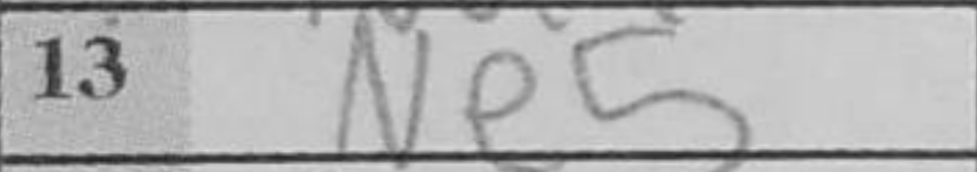
Transcription: Ne5